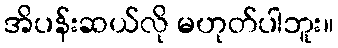
အိပန်းဆယ်လို မဟုတ်ပါဘူး။